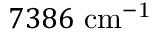
7 3 8 6 ~ \mathrm { c m ^ { - 1 } }